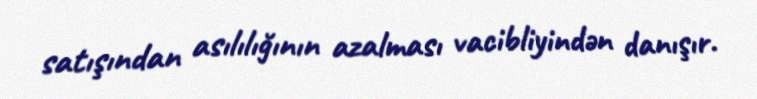
satışından asılılığının azalması vacibliyindən danışır.